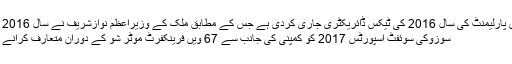
ایف بی آر نے اراکین پارلیمنٹ کی سال 2016 کی ٹیکس ڈائریکٹری جاری کردی ہے جس کے مطابق ملک کے وزیراعظم نوازشریف نے سال 2016 میں 25 مزید پڑھیں
سوزوکی سوئفٹ اسپورٹس 2017 کو کمپنی کی جانب سے 67 ویں فرینکفرٹ موٹر شو کے دوران متعارف کرانے کا اعلان کیا گیا ہے۔